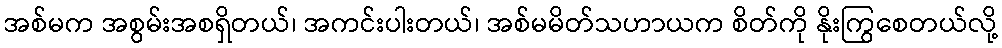
အစ်မက အစွမ်းအစရှိတယ်၊ အကင်းပါးတယ်၊ အစ်မမိတ်သဟာယက စိတ်ကို နိုးကြွစေတယ်လို့